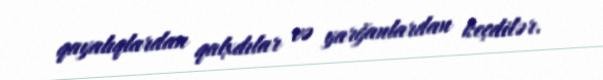
qayalıqlardan qalxdılar və yarğanlardan keçdilər.